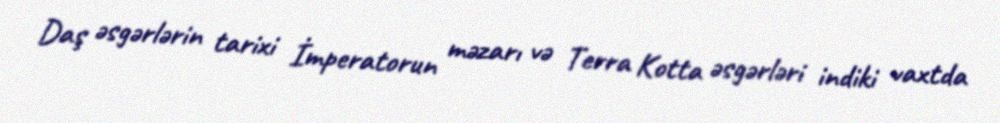
Daş əsgərlərin tarixi İmperatorun məzarı və Terra Kotta əsgərləri indiki vaxtda